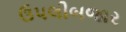
ઉપલીબજાર